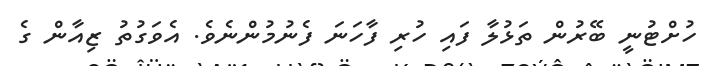
ހުށްޓުނީ ބޭރުން ތަޅުލާ ފައި ހުރި ފާހަނަ ފެނުމުންނެވެ. އެވަގުތު ޒިއާން ގެ